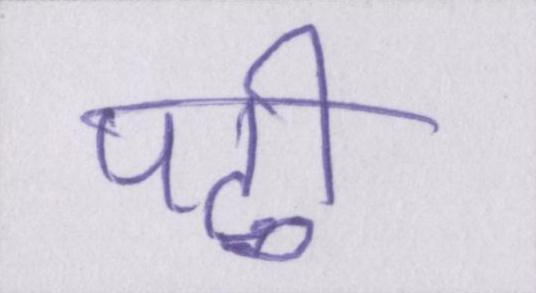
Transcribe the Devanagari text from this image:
पढी